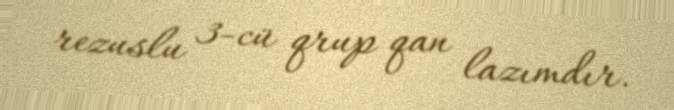
rezuslu 3-cü qrup qan lazımdır.